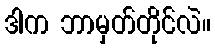
ဒါက ဘာမှတ်တိုင်လဲ။